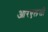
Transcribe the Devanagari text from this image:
आरएलसी